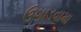
ઉગાડવામા